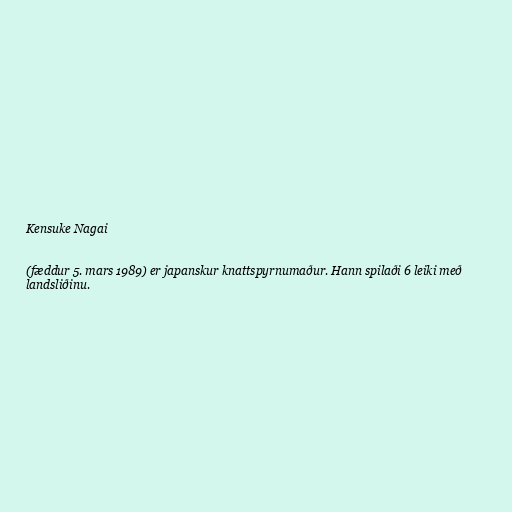
Kensuke Nagai

(fæddur 5. mars 1989) er japanskur knattspyrnumaður. Hann spilaði 6 leiki með
landsliðinu.